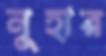
নুহার